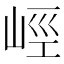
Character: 𡷨